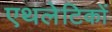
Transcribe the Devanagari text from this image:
एथलेटिकों